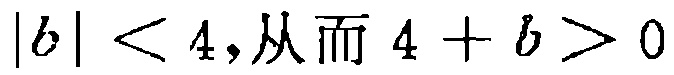
\(|b|<4,从而4 + b>0\)